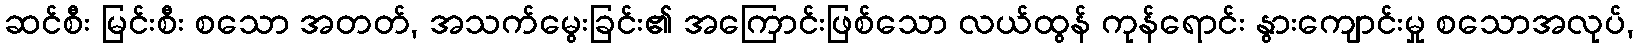
ဆင်စီး မြင်းစီး စသော အတတ်, အသက်မွေးခြင်း၏ အကြောင်းဖြစ်သော လယ်ထွန် ကုန်ရောင်း နွားကျောင်းမှု စသောအလုပ်,